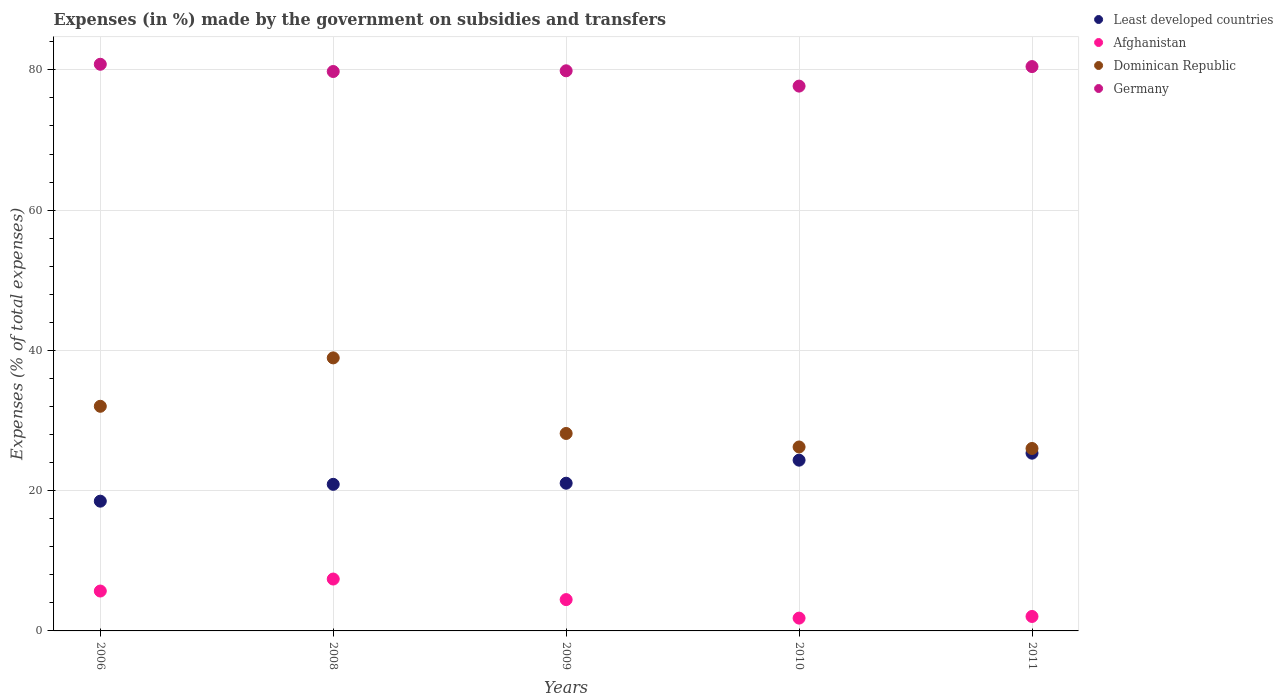
| Years | Least developed countries | Afghanistan | Dominican Republic | Germany |
 | --- | --- | --- | --- | --- |
 | 2006 | 18.5 | 5.69 | 32 | 80.8 |
 | 2008 | 20.9 | 7.4 | 38.9 | 79.8 |
 | 2009 | 21.1 | 4.47 | 28.2 | 79.9 |
 | 2010 | 24.3 | 1.82 | 26.2 | 77.7 |
 | 2011 | 25.3 | 2.06 | 26 | 80.5 |